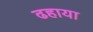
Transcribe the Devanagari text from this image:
ढहाया